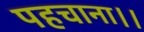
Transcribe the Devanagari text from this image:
पहचाना।।